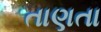
તાણતા